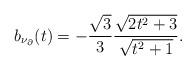
LaTeX: \begin{align*} b_{\nu_{\partial}}(t)=-\frac{\sqrt{3}}{3}\frac{\sqrt{2t^{2}+3}}{\sqrt{t^{2}+1}}.\end{align*}